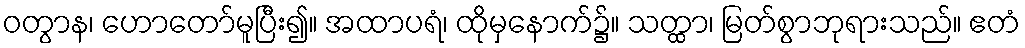
ဝတွာန၊ ဟောတော်မူပြီး၍။ အထာပရံ၊ ထိုမှနောက်၌။ သတ္ထာ၊ မြတ်စွာဘုရားသည်။ ဧတံ